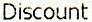
DISCOUNT